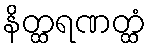
နိတ္ထရဏတ္ထံ